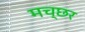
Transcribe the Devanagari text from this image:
मच्‍छर